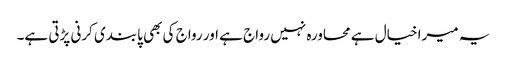
یہ میرا خیال ہے محاورہ نہیں رواج ہے اور رواج کی بھی پابندی کرنی پڑتی ہے۔